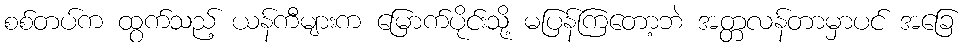
စစ်တပ်က ထွက်သည့် ယန်ကီများက မြောက်ပိုင်းသို့ မပြန်ကြတော့ဘဲ အတ္တလန်တာမှာပင် အခြေ